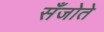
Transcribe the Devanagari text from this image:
सँजोते